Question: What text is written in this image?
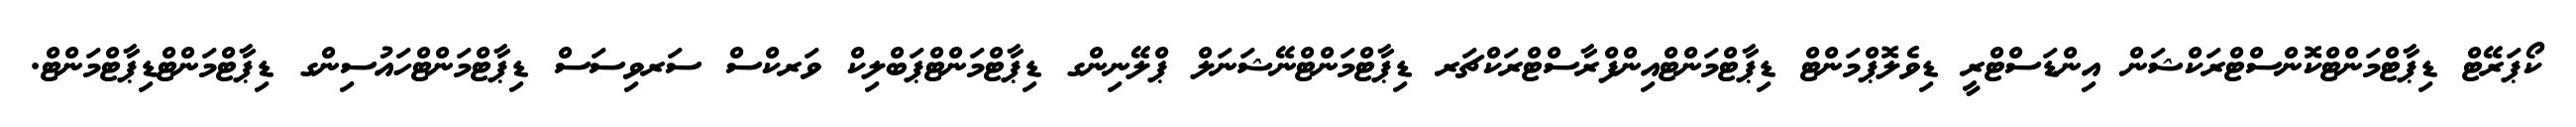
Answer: ކޯޕަރޭޓް ޑިޕާޓްމަންޓްކޮންސްޓްރަކްޝަން އިންޑަސްޓްރީ ޑިވެލޮޕްމަންޓް ޑިޕާޓްމަންޓްއިންފްރާސްޓްރަކްޗަރ ޑިޕާޓްމަންޓްނޭޝަނަލް ޕްލޭނިންގ ޑިޕާޓްމަންޓްޕަބްލިކް ވަރކްސް ސަރވިސަސް ޑިޕާޓްމަންޓްހައުސިންގ ޑިޕާޓްމަންޓްޑިޕާޓްމަންޓް.